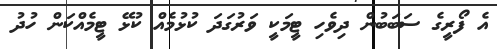
އެ ފޯރީގެ ސަބަބުން ދިވެހި ޓީމަކީ ވަރުގަދަ ކުޅުމެއް ކުޅޭ ޓީމެއްކަން ހުދު